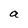
Character: a